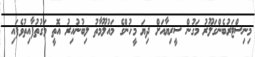
މިނިސްޓަރުބެންގަލޫރު މަގުން ސީރިޔާއަށް ދިޔަ މީހުންގެ މައުލޫމާތު ލިބުނުއިރު އޮތީ ވަގުތުފާއިތުވެފައި